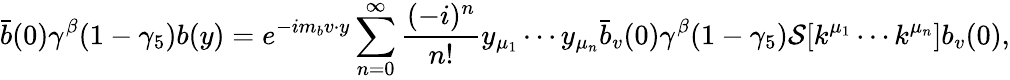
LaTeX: \bar{b}(0)\gamma^{\beta}(1-\gamma_{5})b(y)=e^{-im_{b}v\cdot y}\sum_{n=0}^{\infty}\frac{(-i)^{n}}{n!}y_{\mu_{1}}\cdots y_{\mu_{n}}\bar{b}_{v}(0)\gamma^{\beta}(1-\gamma_{5}){\cal S}[k^{\mu_{1}}\cdots k^{\mu_{n}}]b_{v}(0),